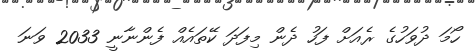
ހޯމަ ދުވަހުގެ ރެއަށް ފަހު ދެން މިފަދަ ކޭތައެއް ފެންނާނީ 2033 ވަނަ